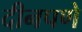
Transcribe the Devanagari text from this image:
दीनपणे